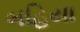
બહિયા